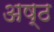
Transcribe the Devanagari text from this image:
अष्‍ठ